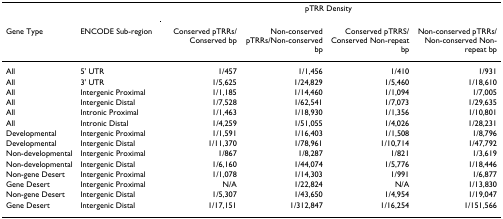
|  |  | <COLSPAN=4> pTRR Density |
 | Gene Type | ENCODE Sub-region | Conserved pTRRs/Conserved bp | Non-conserved pTRRs/Non-conserved bp | Conserved pTRRS/Conserved Non-repeat bp | Non-conserved pTRRs/Non-conserved Non-repeat bp |
 | --- | --- | --- | --- | --- | --- |
 | All | 5' UTR | 1/457 | 1/1,456 | 1/410 | 1/931 |
 | All | 3' UTR | 1/5,625 | 1/24,829 | 1/5,460 | 1/18,610 |
 | All | Intergenic Proximal | 1/1,185 | 1/14,460 | 1/1,094 | 1/7,005 |
 | All | Intergenic Distal | 1/7,528 | 1/62,541 | 1/7,073 | 1/29,635 |
 | All | Intronic Proximal | 1/1,463 | 1/18,930 | 1/1,356 | 1/10,801 |
 | All | Intronic Distal | 1/4,259 | 1/51,055 | 1/4,026 | 1/28,231 |
 | Developmental | Intergenic Proximal | 1/1,591 | 1/16,403 | 1/1,508 | 1/8,796 |
 | Developmental | Intergenic Distal | 1/11,370 | 1/78,961 | 1/10,714 | 1/47,792 |
 | Non-developmental | Intergenic Proximal | 1/867 | 1/8,287 | 1/821 | 1/3,619 |
 | Non-developmental | Intergenic Distal | 1/6,160 | 1/44,074 | 1/5,776 | 1/18,446 |
 | Non-gene Desert | Intergenic Proximal | 1/1,078 | 1/14,303 | 1/991 | 1/6,877 |
 | Gene Desert | Intergenic Proximal | N/A | 1/22,824 | N/A | 1/13,830 |
 | Non-gene Desert | Intergenic Distal | 1/5,307 | 1/43,650 | 1/4,954 | 1/19,047 |
 | Gene Desert | Intergenic Distal | 1/17,151 | 1/312,847 | 1/16,254 | 1/151,566 |